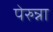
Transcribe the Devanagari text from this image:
पेरुन्ना